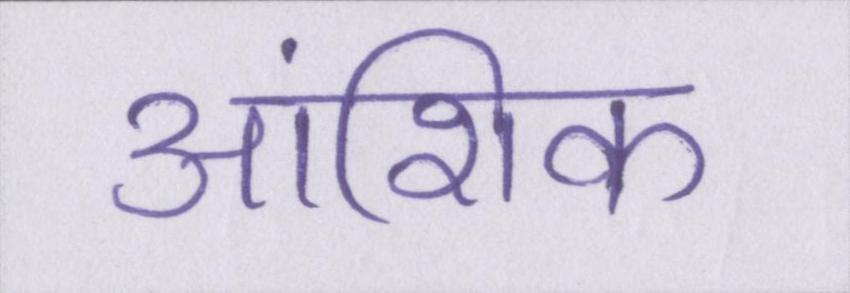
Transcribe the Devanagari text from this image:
आंशिक